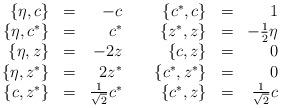
LaTeX: \begin{align*}\begin{array}{rcr}\{\eta,c\}&=&-c \\ \{\eta,c^*\}&=&c^*\\ \{\eta,z\}&=&-2z \\ \{\eta,z^*\}&=&2z^* \\ \{c,z^*\}&=& \frac{1}{\sqrt{2}}c^* \end{array} \;\;\;\; \begin{array}{rcr}\{c^*,c\}&=&1 \\\{z^*,z\}&=&-\frac{1}{2}\eta \\ \{c,z\}&=&0 \\ \{c^*,z^*\}&=&0 \\ \{c^*,z\}&=&\frac{1}{\sqrt{2}}c\end{array}\end{align*}